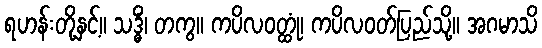
ရဟန်းတို့နှင့်။ သဒ္ဓိံ၊ တကွ။ ကပိလဝတ္ထုံ၊ ကပိလဝတ်ပြည်သို့။ အဂမာသိ